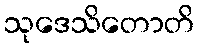
သုဒေသိတောတိ